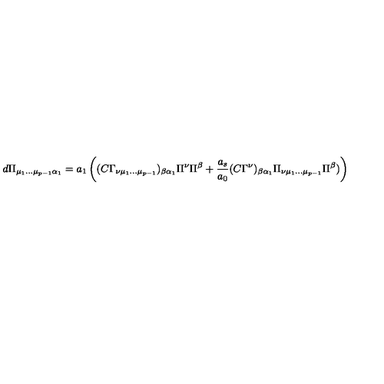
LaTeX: d \Pi _ { \mu _ { 1 } \dots \mu _ { p - 1 } \alpha _ { 1 } } = a _ { 1 } \left( ( C \Gamma _ { \nu \mu _ { 1 } \dots \mu _ { p - 1 } } ) _ { \beta \alpha _ { 1 } } \Pi ^ { \nu } \Pi ^ { \beta } + { \frac { a _ { s } } { a _ { 0 } } } ( C \Gamma ^ { \nu } ) _ { \beta \alpha _ { 1 } } \Pi _ { \nu \mu _ { 1 } \dots \mu _ { p - 1 } } \Pi ^ { \beta } ) \right)